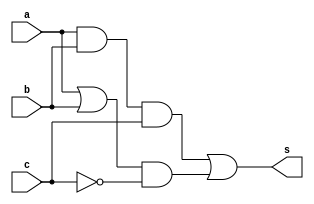
// -------------------------
// Exercicio0032 - Exercicio 2
// Nome: Pedro Henrique Alves M. de Carvalho
// ------------------------- 

// -------------------------
//  f4_gate
// -------------------------
module f4 (output [3:0] s, 
				input  [3:0] a,
				input  [3:0] b,
				input  [3:0] c);
 
// descrever por portas 
 assign s = (((a & b) & c) | ((a | b) & ~c));
endmodule // f4
 
module test_f4; 
// ------------------------- definir dados 
		reg  [3:0] w;
		reg  [3:0] x;
		reg  [3:0] y;
		wire  [3:0] z;

		f4 modulo (z, w, x, y);

// ------------------------- parte principal 

	initial begin
		$display("Exercicio0032 - Pedro Henrique Alves M. de Carvalho - 427452"); 
		$display("Test LU's module");

		w = 4'b0011;		x = 4'b0101;		y = 0;
 
	// projetar testes do modulo
	#1 $display("%3b %3b = %3b",w,x,z);

	end

endmodule // test_f4